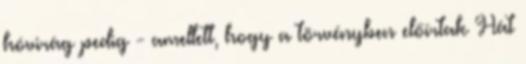
hóvirág pedig - amellett, hogy a törvényben előírtak Hát